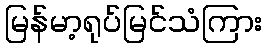
မြန်မာ့ရုပ်မြင်သံကြား